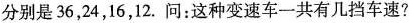
分别是36，24，16，12. 问：这种变速车一共有几挡车速?